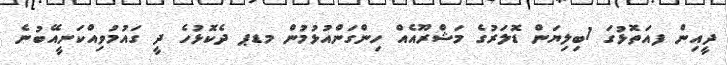
ދީއިން ފއަތޮޅުގަ 1ބިލިޔަން ޑޮލަރުގެ މަޝްރޫއެއް ހިންގަންއުޅުމުން މޑޕ ދެކޮޅުހެ ދީ ގައުމުވިއްކަނީއޭބުނެ